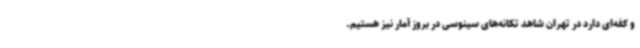
و کفه‌ای دارد در تهران شاهد تکانه‌های سینوسی در بروز آمار نیز هستیم.